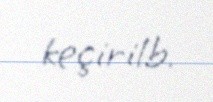
keçirilb.